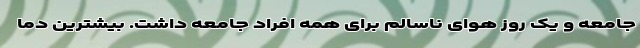
جامعه و یک روز هوای ناسالم برای همه افراد جامعه داشت. بیشترین دما